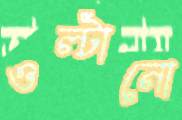
ওল্‌টানো